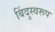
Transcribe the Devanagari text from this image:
बिंदुस्वरूप